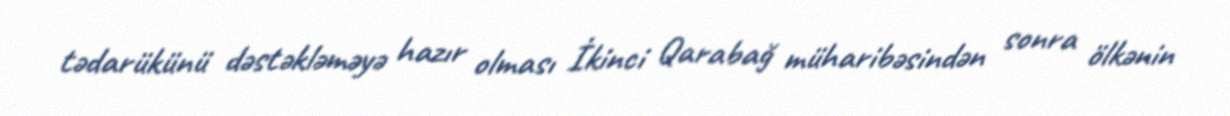
tədarükünü dəstəkləməyə hazır olması İkinci Qarabağ müharibəsindən sonra ölkənin